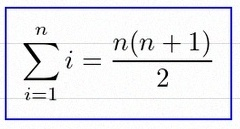
\sum_{i=1}^{n}i=\frac{n(n+1)}2